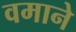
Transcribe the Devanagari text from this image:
वमाने